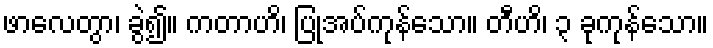
ဖာလေတွာ၊ ခွဲ၍။ ကတာဟိ၊ ပြုအပ်ကုန်သော။ တီဟိ၊ ၃ ခုကုန်သော။